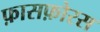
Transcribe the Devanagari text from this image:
फ़ासफ़ोरस